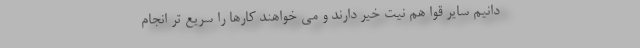
دانیم سایر قوا هم نیت خیر دارند و می خواهند کارها را سریع تر انجام